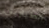
الطيارين